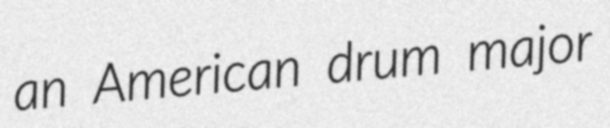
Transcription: an American drum major